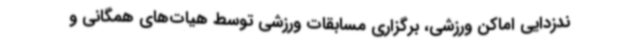
ندزدایی اماکن ورزشی، برگزاری مسابقات ورزشی توسط هیات‌های همگانی و